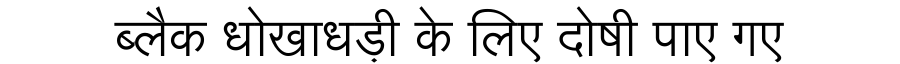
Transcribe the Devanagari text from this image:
ब्लैक धोखाधड़ी के लिए दोषी पाए गए